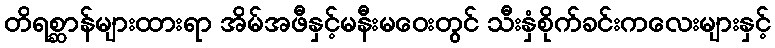
တိရစ္ဆာန်များထားရာ အိမ်အဖီနှင့်မနီးမဝေးတွင် သီးနှံစိုက်ခင်းကလေးများနှင့်